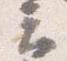
云